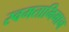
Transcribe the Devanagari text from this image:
स्वमताभिमान